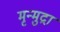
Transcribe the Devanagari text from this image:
मृन्मुद्रा